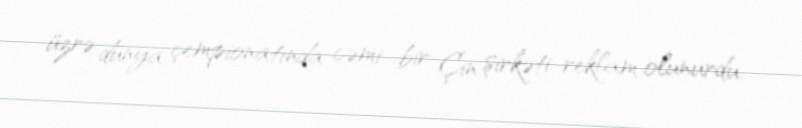
üzrə dünya çempionatında cəmi bir Çin şirkəti reklam olunurdu.